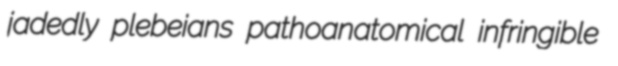
jadedly plebeians pathoanatomical infringible